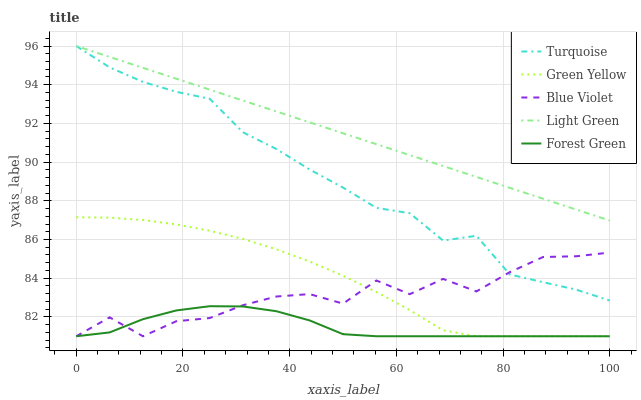
| xaxis_label | Turquoise | Green Yellow | Blue Violet | Light Green | Forest Green |
 | --- | --- | --- | --- | --- | --- |
 | 0 | 96 | 87.2 | 81 | 96 | 81 |
 | 6.25 | 94.9 | 87.1 | 82 | 95.4 | 81.2 |
 | 12.5 | 94.1 | 87 | 81 | 94.9 | 81.9 |
 | 18.8 | 93.6 | 86.8 | 81.8 | 94.3 | 82.3 |
 | 25 | 93.3 | 86.5 | 81.9 | 93.7 | 82.6 |
 | 31.2 | 91.5 | 86 | 82.6 | 93.2 | 82.5 |
 | 37.5 | 90.7 | 85.5 | 83.1 | 92.6 | 82.3 |
 | 43.8 | 89.6 | 84.9 | 83.2 | 92.1 | 81.8 |
 | 50 | 88.7 | 84.1 | 82.7 | 91.5 | 81.1 |
 | 56.2 | 87.6 | 83.3 | 83.9 | 90.9 | 81 |
 | 62.5 | 87.4 | 82.4 | 83.2 | 90.4 | 81 |
 | 68.8 | 85.9 | 81.3 | 84 | 89.8 | 81 |
 | 75 | 86.2 | 81 | 83.3 | 89.2 | 81 |
 | 81.2 | 84.2 | 81 | 84.3 | 88.7 | 81 |
 | 87.5 | 83.8 | 81 | 85.1 | 88.1 | 81 |
 | 93.8 | 83.4 | 81 | 85.1 | 87.5 | 81 |
 | 100 | 82.8 | 81 | 85.3 | 87 | 81 |